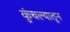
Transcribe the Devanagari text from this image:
कुंचल्यातून